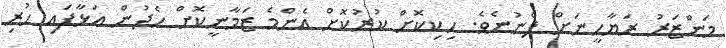
މަންޒަރު ރަޔާހީނަށް ފެނުނެވެ. ހިކިކޮށް ކުރުކޮށް އެންމެ ޒަމާނީކޮށް ހެދުން އަޅާފައި ހުރި